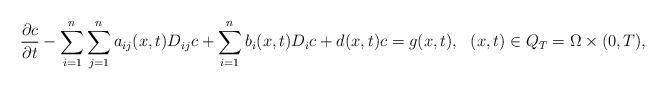
LaTeX: \begin{align*}\dfrac{\partial c}{\partial t}-\sum_{i=1}^n\sum_{j=1}^n a_{ij}(x,t)D_{ij}c+\sum_{i=1}^n b_i(x,t)D_ic+d(x,t)c=g(x,t),~~(x,t)\in Q_T=\Omega\times (0,T),\end{align*}